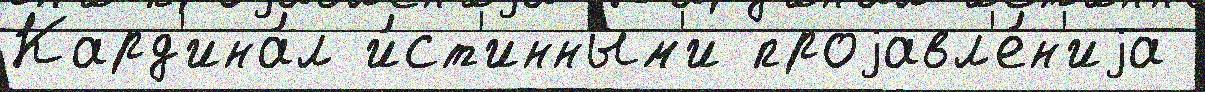
Кард'ина́л и́ст'инным'и проjавл'е́н'иjа